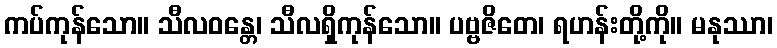
ကပ်ကုန်သော။ သီလဝန္တေ၊ သီလရှိကုန်သော။ ပဗ္ဗဇိတေ၊ ရဟန်းတို့ကို။ မနုဿာ၊